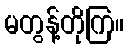
မတွန့်တိုကြ။